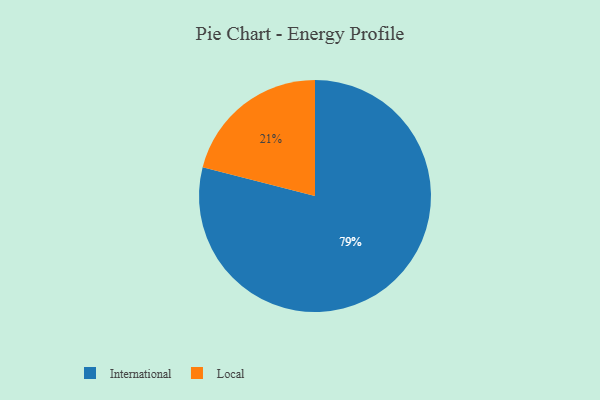
{"axis": {"x": "Category", "y": "Percentage"}, "legend": ["International", "Local"], "data": [{"x": "Local", "y": 21, "type": "Local"}, {"x": "International", "y": 79, "type": "International"}]}